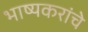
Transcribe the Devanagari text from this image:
भाष्यकरांचे